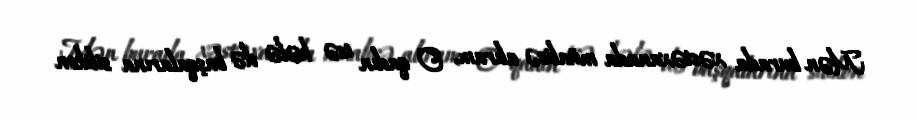
Mən burada xəstəxanada müalicə alıram, O qadın isə hələ də başqalarına silikon